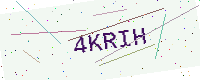
Text: 4KRIH